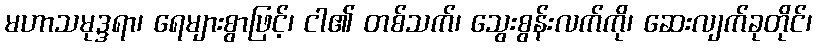
မဟာသမုဒ္ဒရာ၊ ရေများစွာဖြင့်၊ ငါ၏ တစ်သက်၊ သွေးစွန်းလက်ကို၊ ဆေးလျက်ခုတိုင်၊